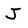
Character: J